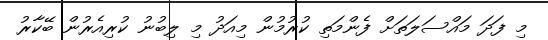
މި ފަދަ މައްސަލަތަށް ފެންމަތި ކުރުމުން މިއަދު މި ލިބުނު ކުރިއެރުން ބޭކާރު